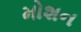
મોશન